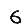
Digit: 6